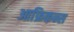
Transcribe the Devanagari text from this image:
आफ्रिकन्स